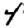
Digit: 4